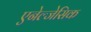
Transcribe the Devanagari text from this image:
एनेल्जेसिक